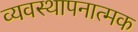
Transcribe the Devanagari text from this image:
व्यवस्थापनात्मक